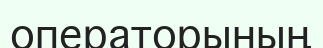
операторының